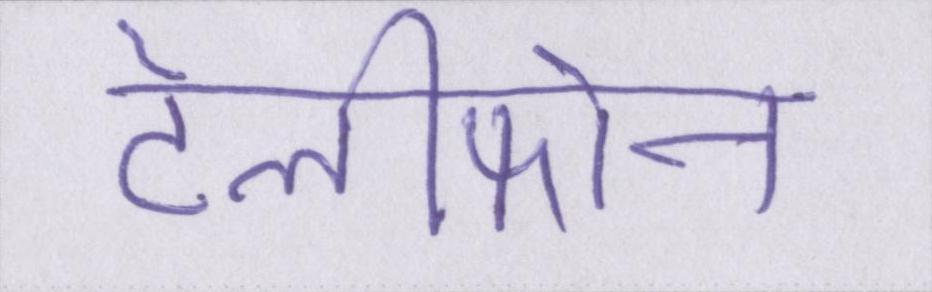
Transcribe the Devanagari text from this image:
टेलीफोन